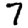
Digit: 7